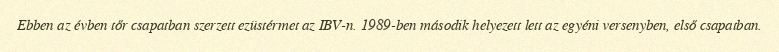
Ebben az évben tőr csapatban szerzett ezüstérmet az IBV-n. 1989-ben második helyezett lett az egyéni versenyben, első csapatban.